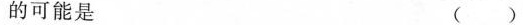
的可能是 ( )